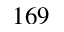
1 6 9